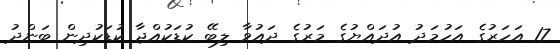
17 އަހަރުގެ އަހުމަދު އުދައްޔުގެ މަރުގެ ދައުވާ ލިބޭ ކުޑަކުއްޖާ ކުޑަކުދިން ބަންދު